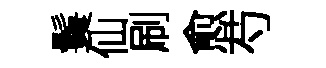
鬟仙刷愈芍